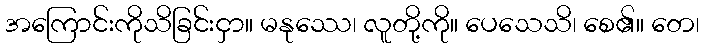
အကြောင်းကိုသိခြင်းငှာ။ မနုဿေ၊ လူတို့ကို။ ပေသေသိ၊ စေ၏။ တေ၊